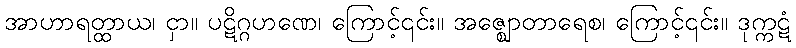
အာဟာရတ္ထာယ၊ ငှာ။ ပဋိဂ္ဂဟဏေ၊ ကြောင့်၎င်း။ အဇ္ဈောတာရေစ၊ ကြောင့်၎င်း။ ဒုက္ကဋံ